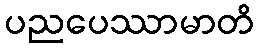
ပညပေဿာမာတိ